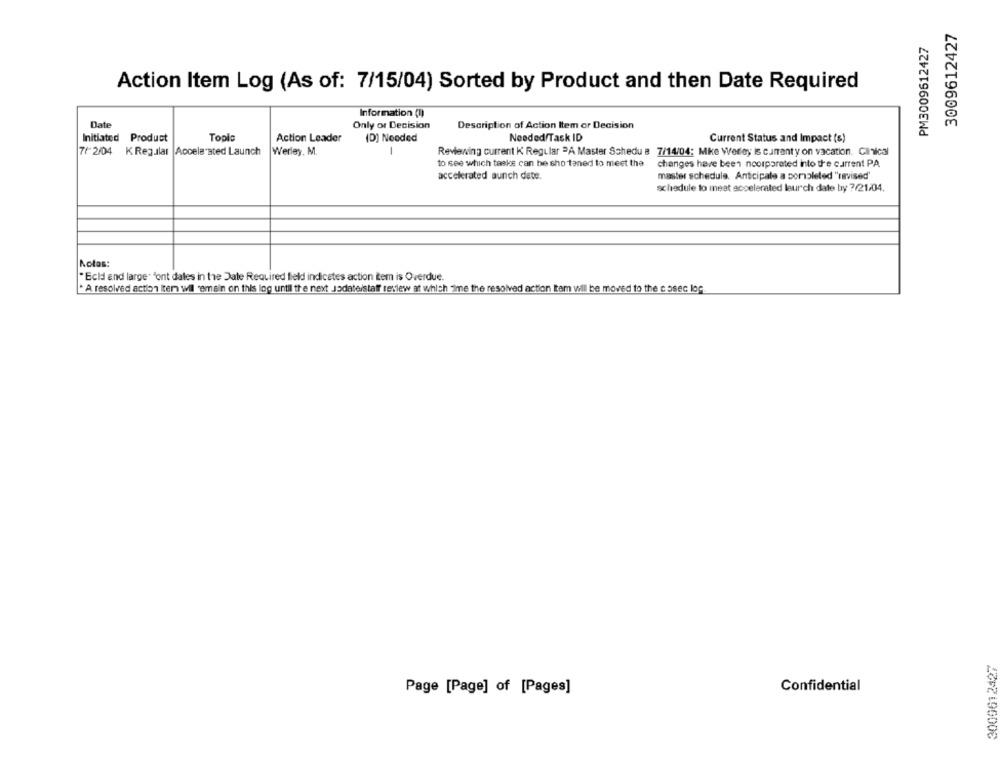
3009612427
PM3009612427
Action Item Log (As of: 7/15/04) Sorted by Product and then Date Required
Information (I)
Date
Only or Decision
Description of Action Item or Decision
Initiated Product
Topla
Action Leader
(D) Needed
Needed/Task ID
Current Status and Impact (s)
7/ 2/04 K Regular Accelerated Launch
Werley. M.
-
Reviewing current K Regular =A Master Schedu a 7/14/04: Mike Werley is cumanty on vacation. Clinical
to see which taske can be sho taned to meet the
changes have been noorparated into the current PA
accelerated aunch date.
master schedule. Anticipale a completed "revised'
schedule to meat accelerated leurch date by ?/21/04.
Notas:
" Ecid and large" "ont dales in the Date Required field indicates action Lem is Overdue.
* A resolved action item wil remain on this log until the next Jodateistaff review at which ime the resolved action tem will be moved to the cosec log
3009612427
Page [Page] of [Pages]
Confidential